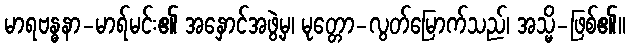
မာရဗန္ဓနာ-မာရ်မင်း၏ အနှောင်အဖွဲ့မှ၊ မုတ္တော-လွတ်မြောက်သည်၊ အသ္မိ-ဖြစ်၏။